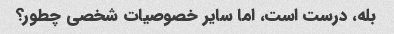
بله، درست است، اما سایر خصوصیات شخصی چطور؟